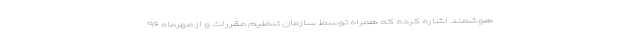
هوشمند اشاره کرده که همراه توسط سازمان تنظیم مقررات و از مهرماه ۹۶